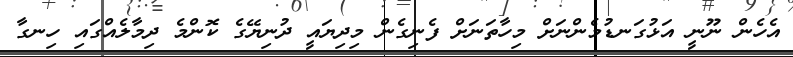
އެހެން ނޫނީ އަޅުގަނޑުމެންނަށް މިހާތަނަށް ފެނިގެން މިދިޔައީ ދުނިޔޭގެ ކޮންމެ ދިމާލެއްގައި ހިނގާ